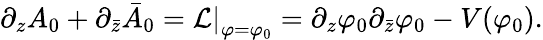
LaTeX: \partial_{z}A_{0}+\partial_{\bar{z}}\bar{A}_{0}=\left.{\cal L}\right|_{\varphi=\varphi_{0}}=\partial_{z}\varphi_{0}\partial_{\bar{z}}\varphi_{0}-V(\varphi_{0}).